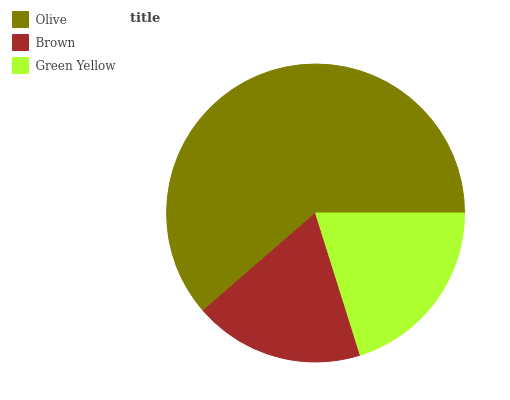
| Olive | Brown | Green Yellow |
 | --- | --- | --- |
 | 61.4% | 18.4% | 20.2% |